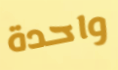
واحدة